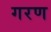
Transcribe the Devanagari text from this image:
गरण